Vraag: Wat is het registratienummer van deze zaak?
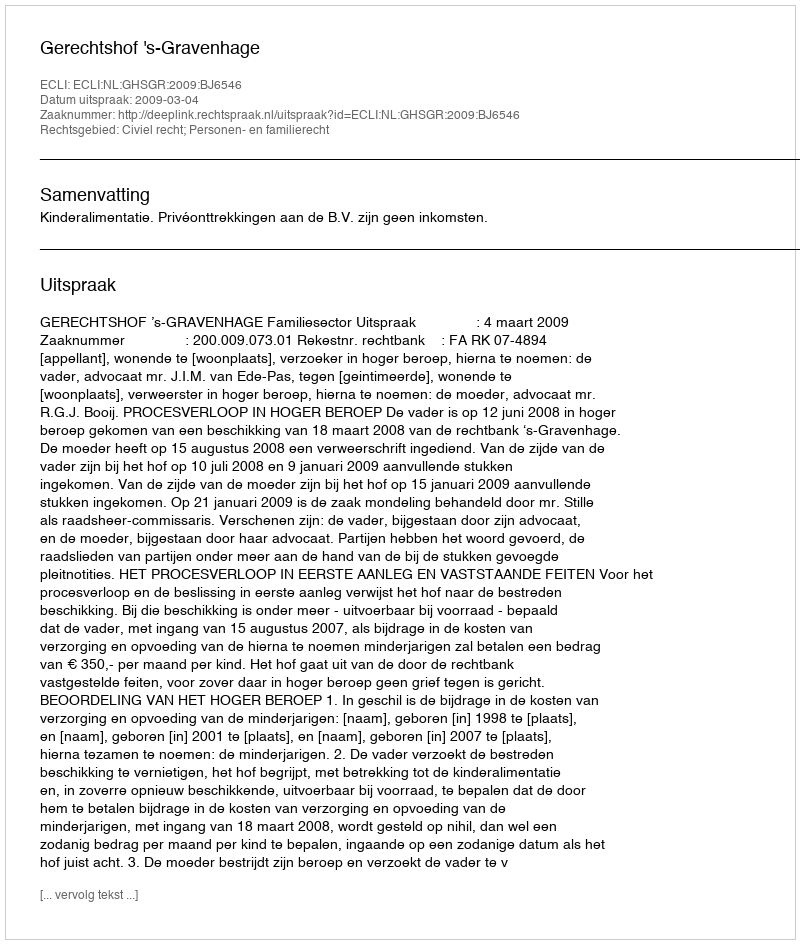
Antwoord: http://deeplink.rechtspraak.nl/uitspraak?id=ECLI:NL:GHSGR:2009:BJ6546